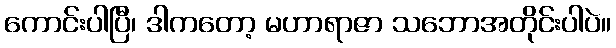
ကောင်းပါပြီ၊ ဒါကတော့ မဟာရာဇာ သဘောအတိုင်းပါပဲ။